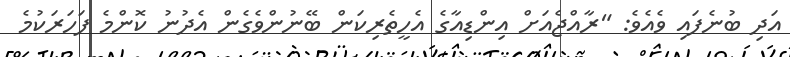
އަދި ބުނެފައި ވެއެވެ: "ރާއްޖެއަށް އިންޑިއާގެ އެހީތެރިކަން ބޭނުންވެގެން އެދުނު ކޮންމެ ފަހަރަކުމެ